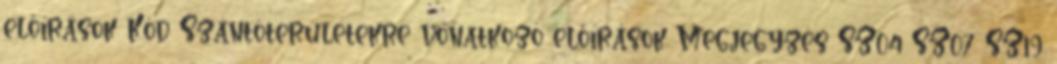
előírások Kód Szántóterületekre vonatkozó előírások Megjegyzés SZ04 SZ07 SZ19